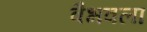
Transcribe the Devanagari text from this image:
वैभवला